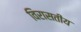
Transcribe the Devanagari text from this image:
विरासतीय